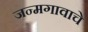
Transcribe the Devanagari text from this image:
जन्मगावाचे